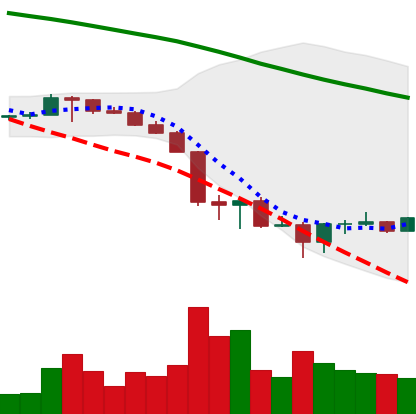
Ticker: BTC-USD
Chart end date: 2022-06-23
Forward return: -3.819%
Label: down_3_5